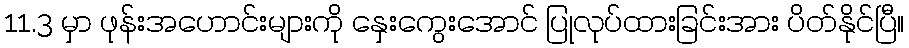
11.3 မှာ ဖုန်းအဟောင်းများကို နှေးကွေးအောင် ပြုလုပ်ထားခြင်းအား ပိတ်နိုင်ပြီ။